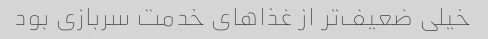
خیلی ضعیف‌تر از غذاهای خدمت سربازی بود